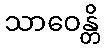
သာဝေန္တိ